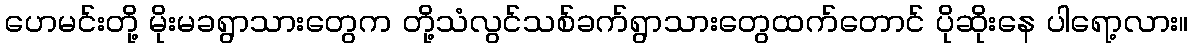
ဟေမင်းတို့ မိုးမခရွာသားတွေက တို့သံလွင်သစ်ခက်ရွာသားတွေထက်တောင် ပိုဆိုးနေ ပါရော့လား။